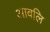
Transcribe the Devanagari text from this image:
आवलि